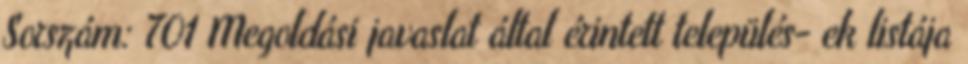
Sorszám: 701 Megoldási javaslat által érintett település- ek listája